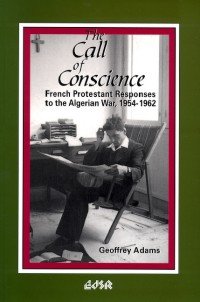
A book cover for The Call of Conscience: French Protestant Responses to the Algerian War, 1954-1962 (Editions SR); Geoffrey Adams; History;